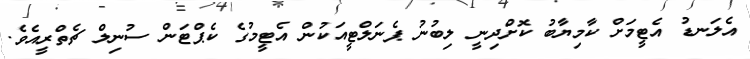
އެލަނޑު އެޓީމަށް ކާމިޔާބު ކޮށްދިނީ ލިބުނު ޕެނަލްޓީއަކުން އެޓީމުގެ ކެޕްޓަން ސުނިލް ޗެތްރީއެވެ.